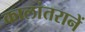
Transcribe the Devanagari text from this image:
कालांतरानें